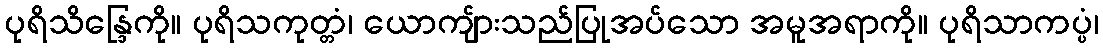
ပုရိသိန္ဒြေကို။ ပုရိသကုတ္တံ၊ ယောကျ်ားသည်ပြုအပ်သော အမူအရာကို။ ပုရိသာကပ္ပံ၊